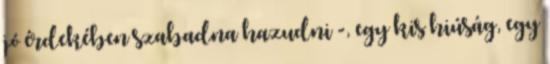
jó érdekében szabadna hazudni -, egy kis hiúság, egy